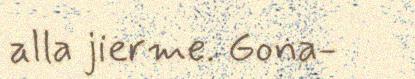
alla jierme. Gona-